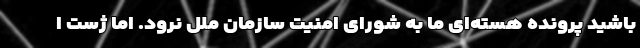
باشید پرونده هسته‌ای ما به شورای امنیت سازمان ملل نرود. اما ژست ا